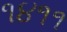
૧૪૧૧